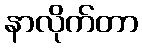
နာလိုက်တာ